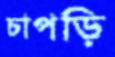
চাপড়ি